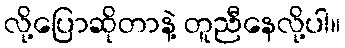
လို့ပြောဆိုတာနဲ့ တူညီနေလို့ပါ။